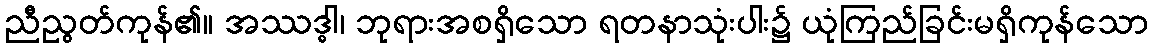
ညီညွတ်ကုန်၏။ အဿဒ္ဓါ၊ ဘုရားအစရှိသော ရတနာသုံးပါး၌ ယုံကြည်ခြင်းမရှိကုန်သော